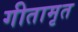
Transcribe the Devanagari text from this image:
गीतामृत